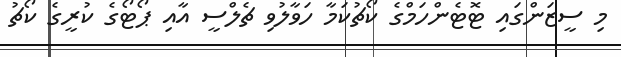
މި ސީޒަންގައި ޓޮޓެންހަމްގެ ކޯޗުކަމާ ހަވާލުވި ޗެލްސީ އާއި ޕޯޓޯގެ ކުރީގެ ކޯޗު